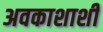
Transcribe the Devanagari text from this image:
अवकाशाशी